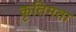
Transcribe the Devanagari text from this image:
कृतिमता